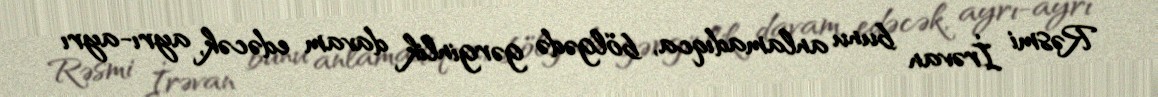
Rəsmi İrəvan bunu anlamadıqca, bölgədə gərginlik davam edəcək, ayrı-ayrı